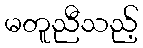
မတူညီသည့်